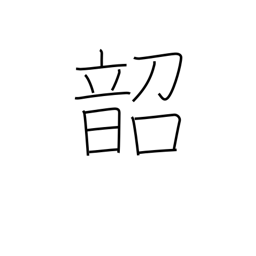
Meaning: emperor Shun's music